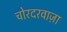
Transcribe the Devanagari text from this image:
चोरदरवाज़ा